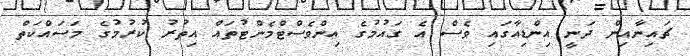
ޗައިނާއިން ދަނީ އިންޑިއާގައި ވެސް އެ ގައުމުގެ އިންވެސްޓްމެންޓުތައް އިތުރު ކުރުމުގެ މަސައްކަތް